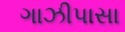
ગાઝીપાસા